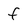
Character: f